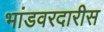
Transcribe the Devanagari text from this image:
भांडवरदारीस